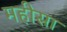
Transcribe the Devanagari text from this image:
महीसा